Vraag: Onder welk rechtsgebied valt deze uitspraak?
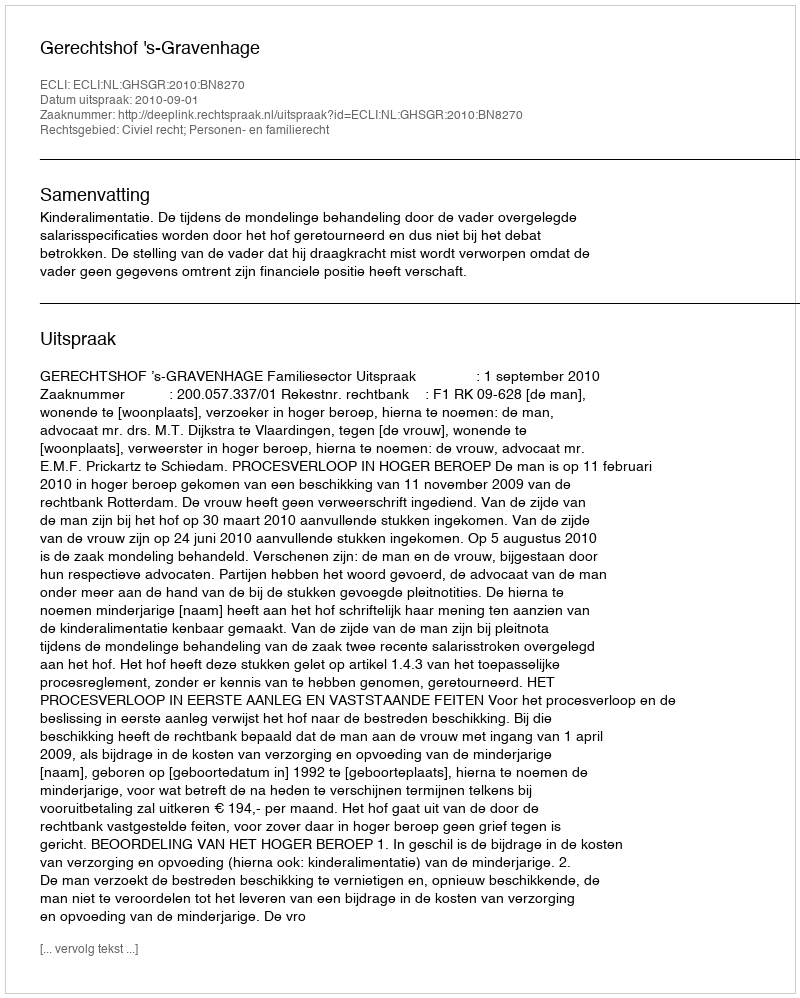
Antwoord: Civiel recht; Personen- en familierecht